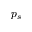
p _ { s }